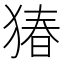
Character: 𬌸